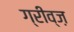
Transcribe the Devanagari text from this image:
ग्रीव्ज़